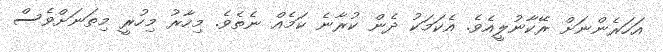
އަހަރެންނަށް ރޭކާނުލީއެވެ. އެކަމަކު ދެން ކުރާނެ ކަމެއް ނެތެވެ. މިހާރު މިހުރީ މިތަނަށްވެސް